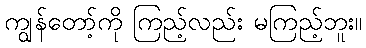
ကျွန်တော့်ကို ကြည့်လည်း မကြည့်ဘူး။